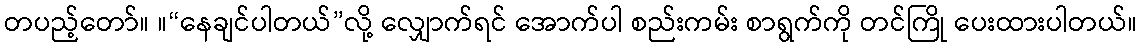
တပည့်တော်။ ။“နေချင်ပါတယ်”လို့ လျှောက်ရင် အောက်ပါ စည်းကမ်း စာရွက်ကို တင်ကြို ပေးထားပါတယ်။